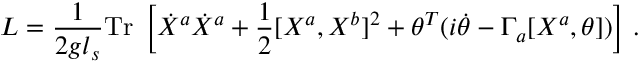
{ \cal L } = \frac { 1 } { 2 g l _ { s } } \mathrm { T r } \; \left[ \dot { X } ^ { a } \dot { X } ^ { a } + \frac { 1 } { 2 } [ X ^ { a } , X ^ { b } ] ^ { 2 } + \theta ^ { T } ( i \dot { \theta } - \Gamma _ { a } [ X ^ { a } , \theta ] ) \right] \, .